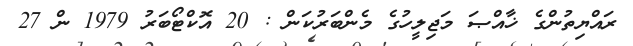
ރައްޔިތުންގެ ޚާއްޞަ މަޖިލީހުގެ މެންބަރުކަން : 20 އޮކްޓޯބަރު 1979 ން 27